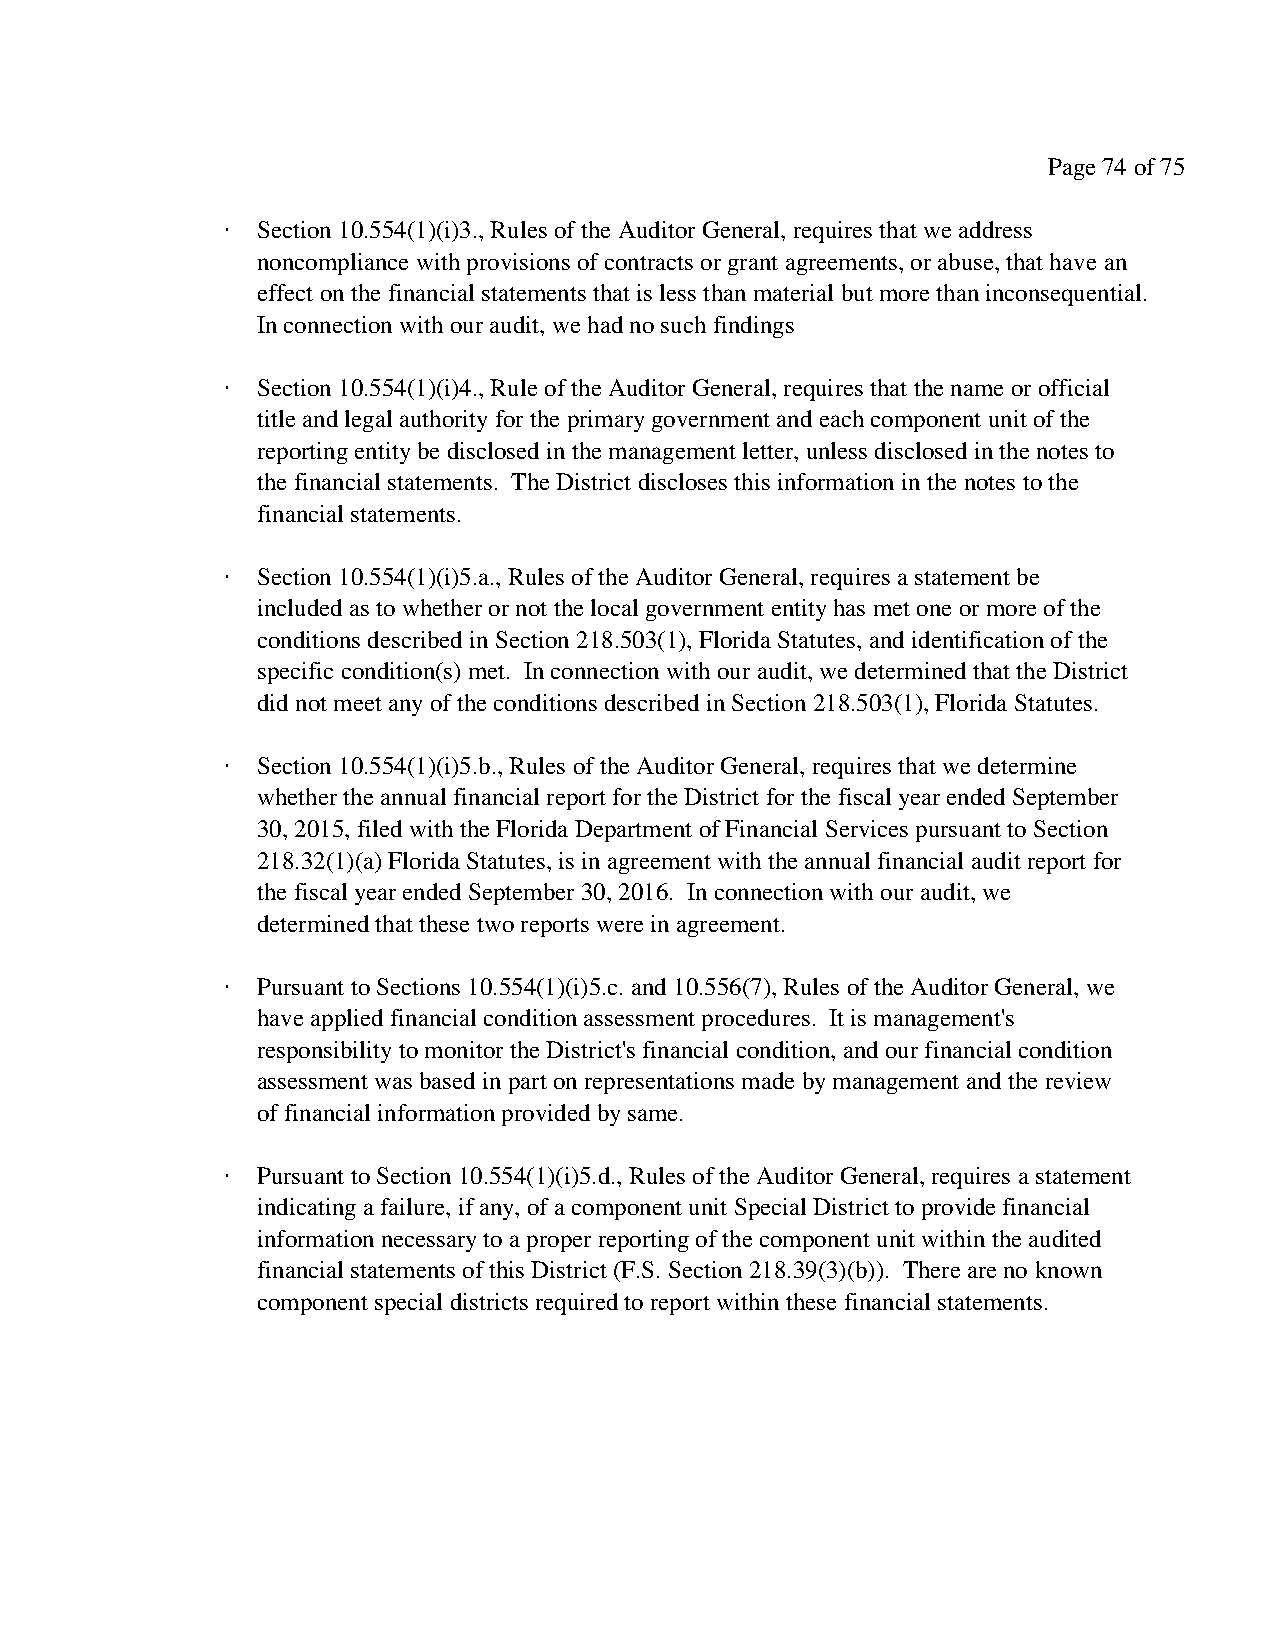
Page 74 of 75
 · Section 10.554(1)(i)3., Rules of the Auditor General, requires that we address
 noncompliance with provisions of contracts or grant agreements, or abuse, that have an
 effect on the financial statements that is less than material but more than inconsequential.
 In connection with our audit, we had no such findings
 · Section 10.554(1)(i)4., Rule of the Auditor General, requires that the name or official
 title and legal authority for the primary government and each component unit of the
 reporting entity be disclosed in the management letter, unless disclosed in the notes to
 the financial statements. The District discloses this information in the notes to the
 financial statements.
 · Section 10.554(1)(i)5.a., Rules of the Auditor General, requires a statement be
 included as to whether or not the local government entity has met one or more of the
 conditions described in Section 218.503(1), Florida Statutes, and identification of the
 specific condition(s) met. In connection with our audit, we determined that the District
 did not meet any of the conditions described in Section 218.503(1), Florida Statutes.
 · Section 10.554(1)(i)5.b., Rules of the Auditor General, requires that we determine
 whether the annual financial report for the District for the fiscal year ended September
 30, 2015, filed with the Florida Department of Financial Services pursuant to Section
 218.32(1)(a) Florida Statutes, is in agreement with the annual financial audit report for
 the fiscal year ended September 30, 2016. In connection with our audit, we
 determined that these two reports were in agreement.
 · Pursuant to Sections 10.554(1)(i)5.c. and 10.556(7), Rules of the Auditor General, we
 have applied financial condition assessment procedures. It is management's
 responsibility to monitor the District's financial condition, and our financial condition
 assessment was based in part on representations made by management and the review
 of financial information provided by same.
 · Pursuant to Section 10.554(1)(i)5.d., Rules of the Auditor General, requires a statement
 indicating a failure, if any, of a component unit Special District to provide financial
 information necessary to a proper reporting of the component unit within the audited
 financial statements of this District (F.S. Section 218.39(3)(b)). There are no known
 component special districts required to report within these financial statements.